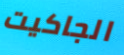
الجاكيت